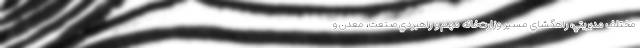
مختلف مديريتي، راهگشاي مسير وزارت‌خانه مهم و راهبردي صنعت، معدن و